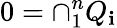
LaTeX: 0=\cap_{1}^{n}Q_{\mathbf{i}}